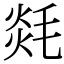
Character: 㲜